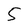
Character: 5